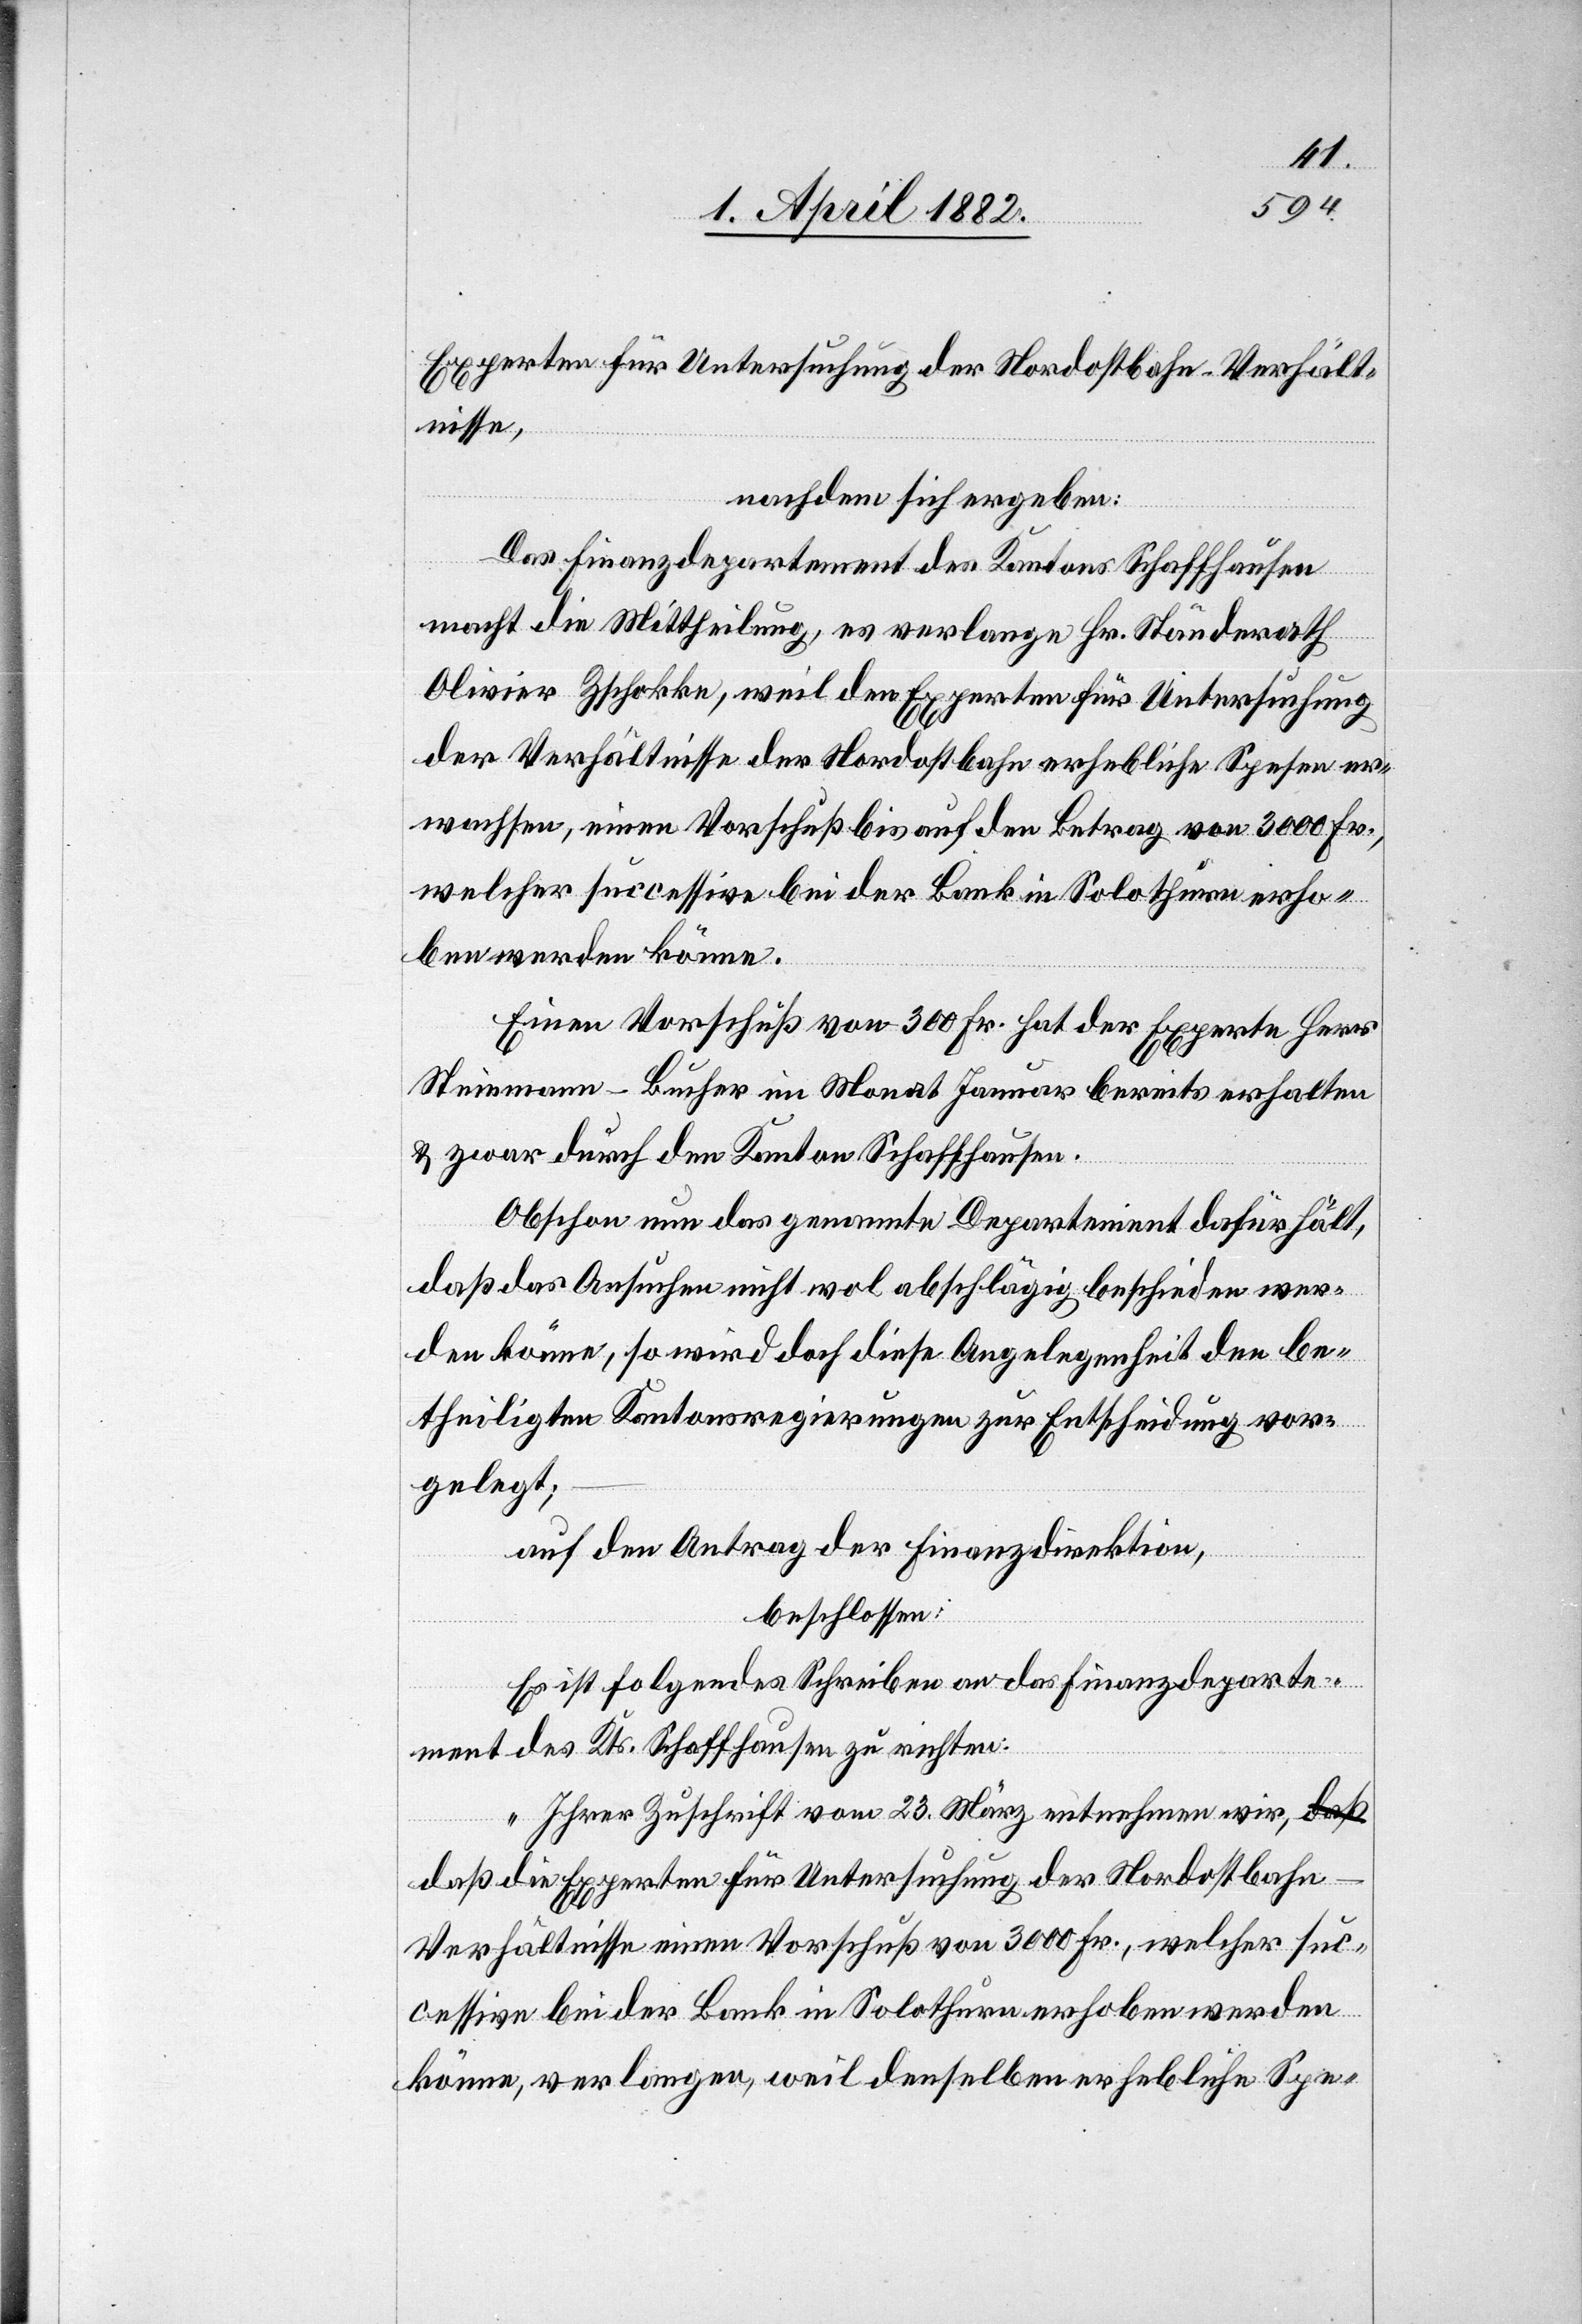
Experten für Untersuchung der Nordostbahn-Verhält¬
nisse,
nachdem sich ergeben:
Das Finanzdepartement des Kantons Schaffhausen
macht die Mittheilung, es verlange Hr. Ständerath
Olivier Zschokke, weil den Experten für Untersuchung
der Verhältnisse der Nordostbahn erhebliche Spesen er¬
wachsen, einen Vorschuß bis auf den Betrag von 3000 Fr.,
welcher successive bei der Bank in Solothurn erho¬
ben werden könne.
Einen Vorschuß von 300 Fr. hat der Experte Herr
Steinmann-Bucher im Monat Januar bereits erhalten
& zwar durch den Kanton Schaffhausen.
Obschon nun das genannte Departement dafür hält,
daß das Ansuchen nicht wol abschlägig beschieden wer¬
den könne, so wird doch diese Angelegenheit den be¬
theiligten Kantonsregierungen zur Entscheidung vor¬
gelegt;
auf den Antrag der Finanzdirektion,
beschlossen:
Es ist folgendes Schreiben an das Finanzdeparte¬
ment des Kts. Schaffhausen zu richten:
„Ihrer Zuschrift vom 23. März entnehmen wir, da¬
ß die Experten für Untersuchung der Nordostbah¬
n-Verhältnisse einen Vorschuß von 3000 Fr., welcher suc¬
cessive bei der Bank in Solothurn erhoben werden
könne, verlangen, weil denselben erhebliche Spe-